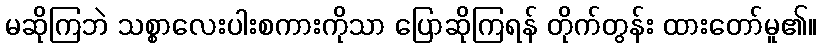
မဆိုကြဘဲ သစ္စာလေးပါးစကားကိုသာ ပြောဆိုကြရန် တိုက်တွန်း ထားတော်မူ၏။